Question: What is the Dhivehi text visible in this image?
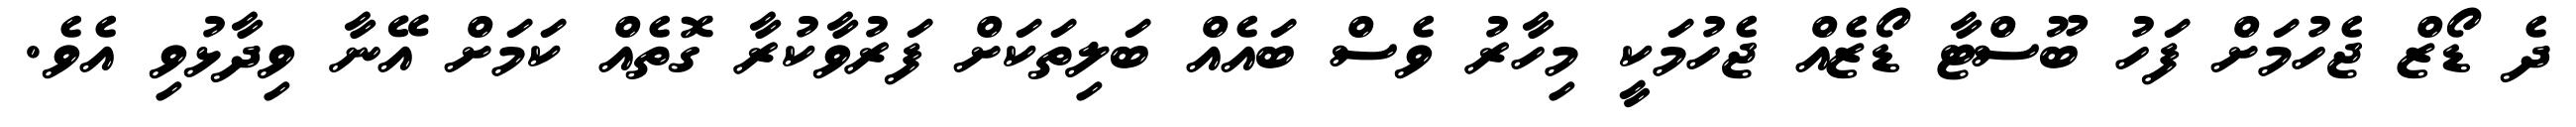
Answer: ދެ ޑޯޒް ޖެހުމަށް ފަހު ބޫސްޓާ ޑޯޒެއް ޖެހުމަކީ މިހާރު ވެސް ބައެއް ބަލިތަކަށް ފަރުވާކުރާ ގޮތެއް ކަމަށް އޭނާ ވިދާޅުވި އެވެ.